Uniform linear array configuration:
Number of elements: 24
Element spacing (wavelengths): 1
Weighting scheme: kaiser
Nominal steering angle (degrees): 15
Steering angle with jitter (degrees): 16.668
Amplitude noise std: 0.05
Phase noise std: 0.05

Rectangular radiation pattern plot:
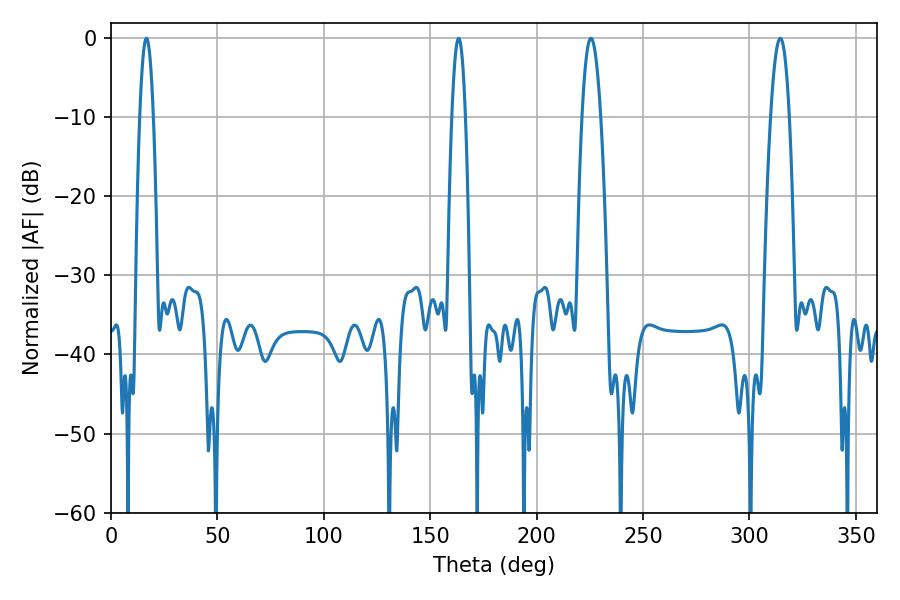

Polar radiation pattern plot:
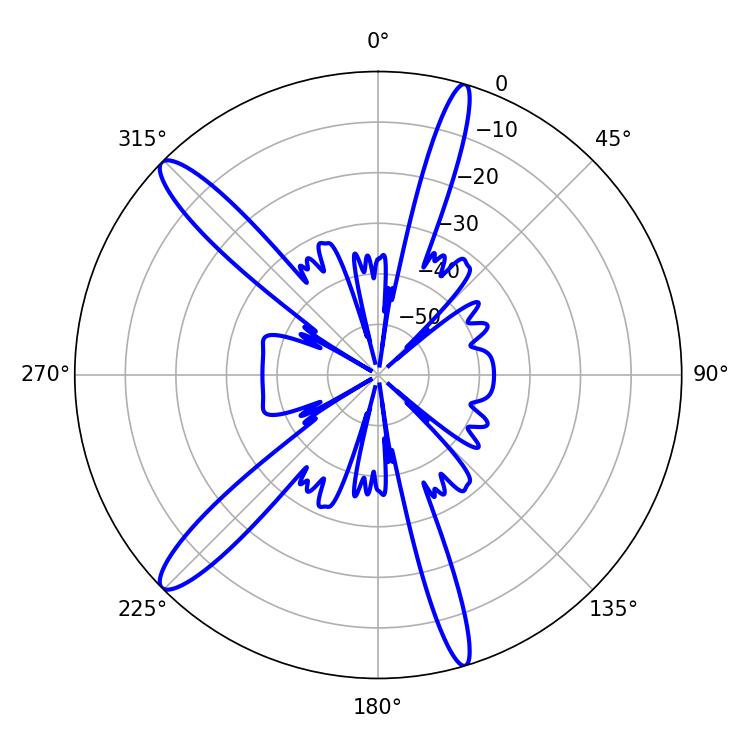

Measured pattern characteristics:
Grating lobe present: TRUE
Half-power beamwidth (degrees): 4.86
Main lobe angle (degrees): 314.46